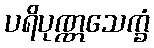
ပရိပုဏ္ဏသေက္ခံ